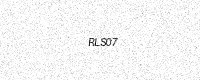
Text: RLS07